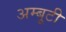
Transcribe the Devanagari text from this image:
अम्बूटी